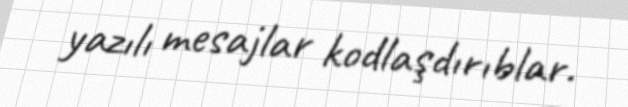
yazılı mesajlar kodlaşdırıblar.